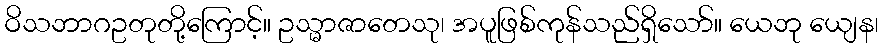
ဝိသဘာဂဥတုတို့ကြောင့်။ ဥသ္မာဇာတေသု၊ အပူဖြစ်ကုန်သည်ရှိသော်။ ယေဘု ယျေန၊